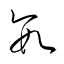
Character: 數